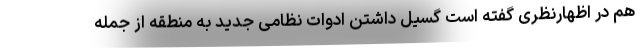
هم در اظهارنظری گفته است گسیل داشتن ادوات نظامی جدید به منطقه از جمله